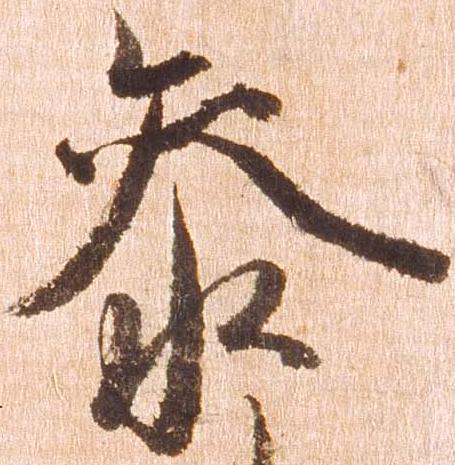
参